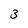
Character: 3